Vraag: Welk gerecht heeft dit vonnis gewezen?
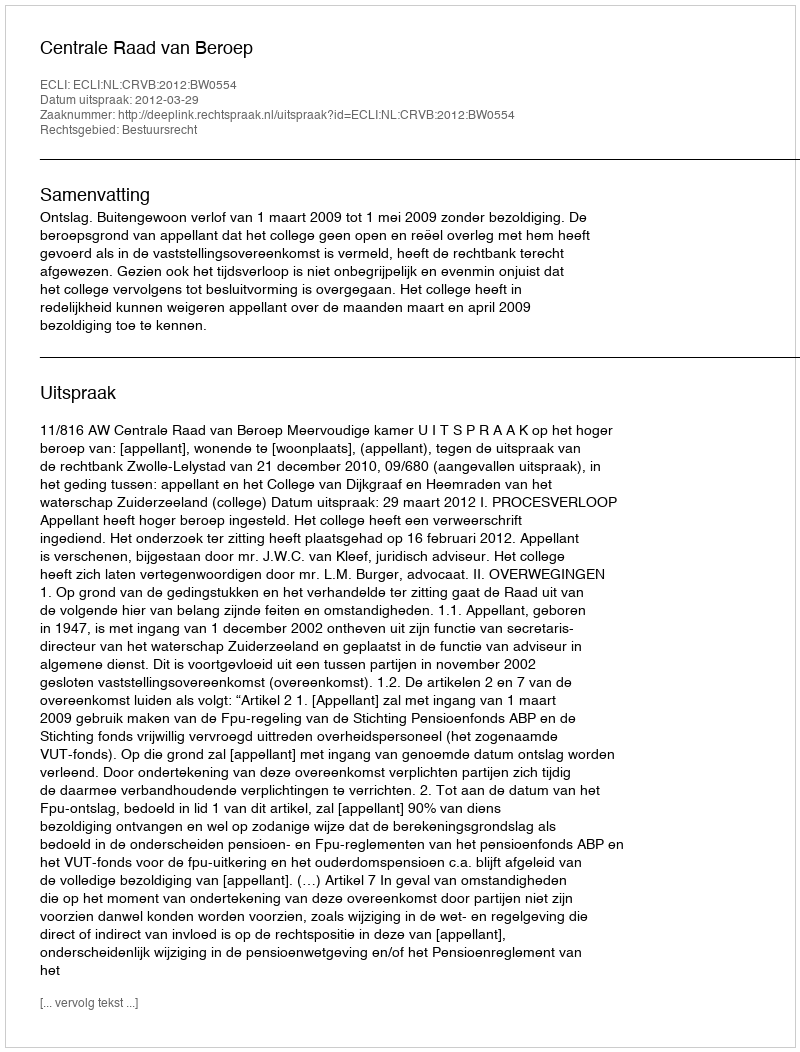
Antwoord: Centrale Raad van Beroep